Vaccination in Bombay 1869-1873 - 1869-1873
Year: 1869
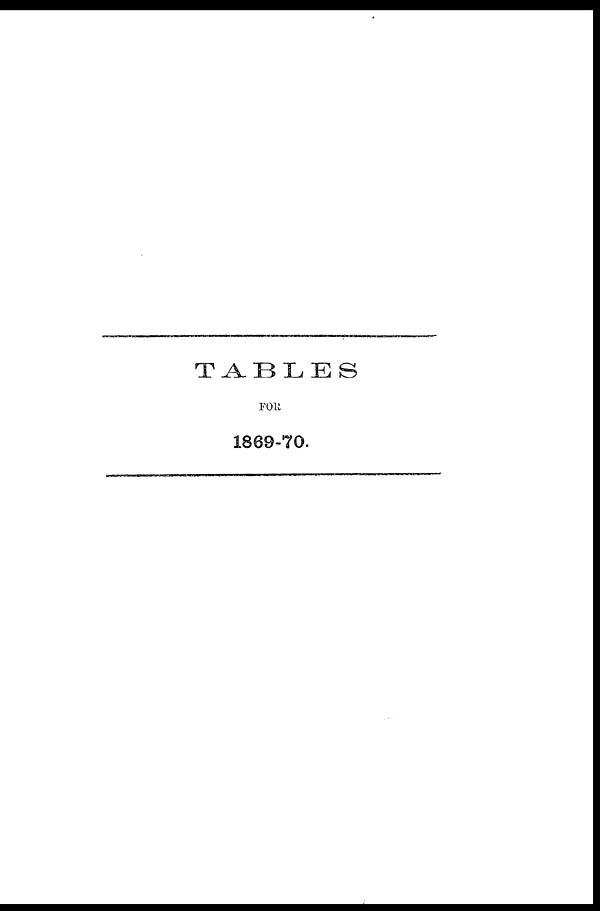
TABLES
FOR
1869-70.